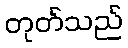
တုတ်သည်